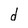
Character: d